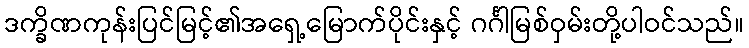
ဒက္ခိဏကုန်းပြင်မြင့်၏အရှေ့မြောက်ပိုင်းနှင့် ဂင်္ဂါမြစ်ဝှမ်းတို့ပါဝင်သည်။